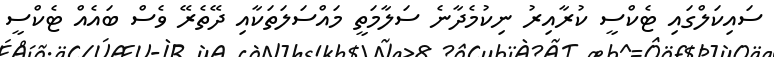
ސައިކަލްގައި ޓެކްސީ ކުރާއިރު ނިކުމެދާނެ ސަލާމަތީ މައްސަލަތަކާއި ދޭތެރޭ ވެސް ބައެއް ޓެކްސީ